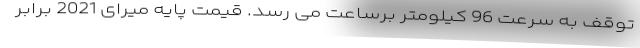
توقف به سرعت 96 کیلومتر برساعت می رسد. قیمت پایه میرای 2021 برابر